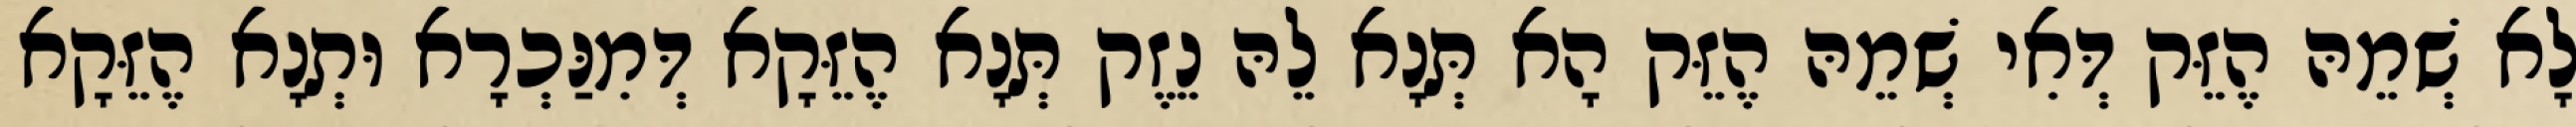
לָא שְׁמֵהּ הֶזֵּק דְּאִי שְׁמֵהּ הֶזֵּק הָא תְּנָא לֵהּ נֵזֶק תְּנָא הֶזֵּקָא דְּמִנַּכְרָא וּתְנָא הֶזֵּקָא